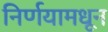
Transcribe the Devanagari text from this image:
निर्णयामधून